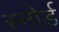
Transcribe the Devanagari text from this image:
स्नोर्ड